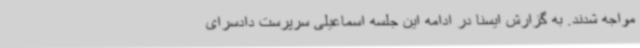
مواجه شدند. به گزارش ایسنا در ادامه این جلسه اسماعیلی سرپرست دادسرای